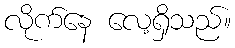
လိုက်နေ လေ့ရှိသည်။